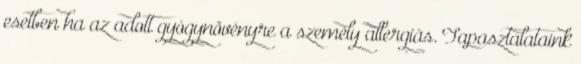
esetben ha az adott gyógynövényre a személy allergiás. Tapasztalataink